Annual report of the Punjab Veterinary College and of the Civil Veterinary Department, Punjab - 1926-1932
Year: 1926
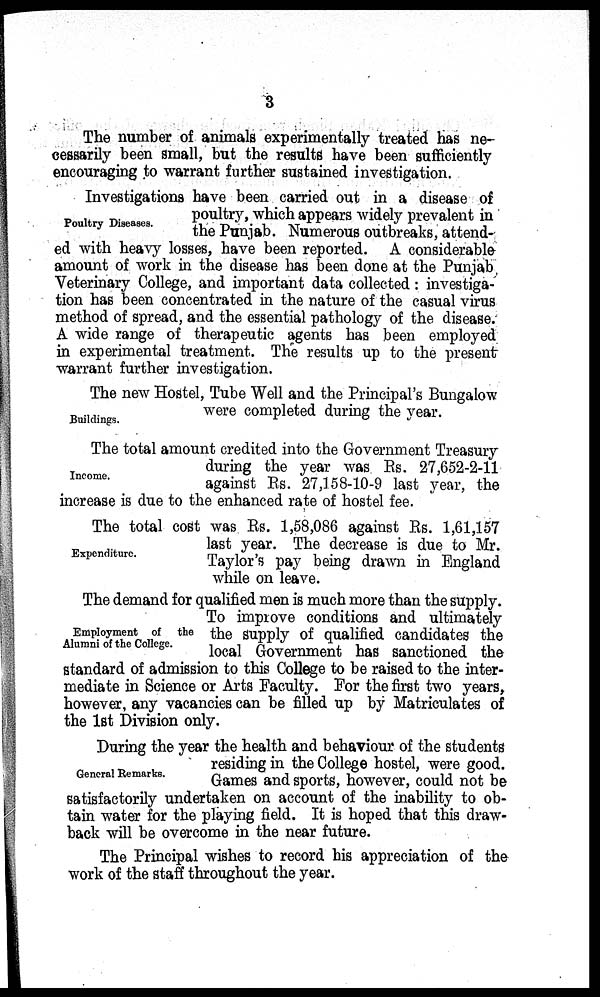
3
The number of animals experimentally treated has ne-
cessarily been small, but the results have been sufficiently
encouraging to warrant further sustained investigation.
Poultry Diseases.
Investigations have been carried out in a disease of
poultry, which appears widely prevalent in
the Punjab. Numerous outbreaks, attend-
ed with heavy losses, have been reported. A considerable
amount of work in the disease has been done at the Punjab
Veterinary College, and important data collected : investiga-
tion has been concentrated in the nature of the casual virus
method of spread, and the essential pathology of the disease.
A wide range of therapeutic agents has been employed
in experimental treatment. The results up to the present
warrant further investigation.
Buildings.
The new Hostel, Tube Well and the Principal's Bungalow
were completed during the year.
Income.
The total amount credited into the Government Treasury
during the year was Rs. 27,652-2-11
against Rs. 27,158-10-9 last year, the
increase is due to the enhanced rate of hostel fee.
Expenditure.
The total cost was Rs. 1,58,086 against Rs. 1,61,157
last year. The decrease is due to Mr.
Taylor's pay being drawn in England
while on leave.
Employment of the
Alumni of the College.
The demand for qualified men is much more than the supply.
To improve conditions and ultimately
the supply of qualified candidates the
local Government has sanctioned the
standard of admission to this College to be raised to the inter-
mediate in Science or Arts Faculty. For the first two years,
however, any vacancies can be filled up by Matriculates of
the 1st Division only.
General Remarks.
During the year the health and behaviour of the students
residing in the College hostel, were good.
Games and sports, however, could not be
satisfactorily undertaken on account of the inability to ob-
tain water for the playing field. It is hoped that this draw-
back will be overcome in the near future.
The Principal wishes to record his appreciation of the
work of the staff throughout the year.